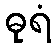
ဓုရံ